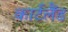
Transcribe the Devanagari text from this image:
कार्टलैंड